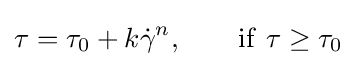
\tau =\tau _{0}+k{\dot {\gamma }}^{n},\qquad \mathrm {if} \ \tau \geq \tau _{0}